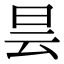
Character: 昙